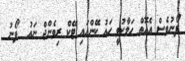
ފޯނުވެސް އެއޮތް ހަލާކުވީ ހައު ކޭންއައި ޓޭކް ރިވެންޖް ނައު  ފޯނު